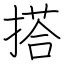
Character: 搭